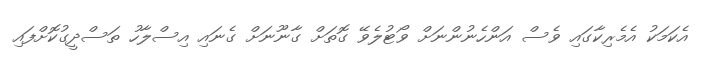
އެކަަމަކު އެމެރިކާގައި ވެސް އަންހެނުންނަށް ވޯޓުލެވޭ ގޮތަށް ގާނޫނަށް ގެނައި އިސްލާހު ތަސްދީގުކޮށްފައި